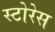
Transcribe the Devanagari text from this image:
स्टोरेस